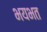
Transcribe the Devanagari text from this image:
भयभत